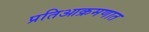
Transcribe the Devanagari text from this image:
प्रतिआक्रमणात